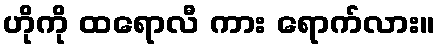
ဟိုကို ထရောလီ ကား ရောက်လား။